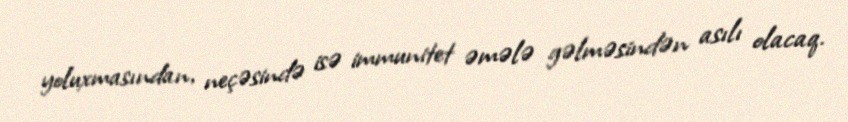
yoluxmasından, neçəsində isə immunitet əmələ gəlməsindən asılı olacaq.